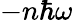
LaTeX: -n\hbar\omega